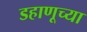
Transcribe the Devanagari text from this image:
डहाणूच्या